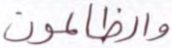
والظالمون